Black-water fever - Number 35
Disease focus: Fever
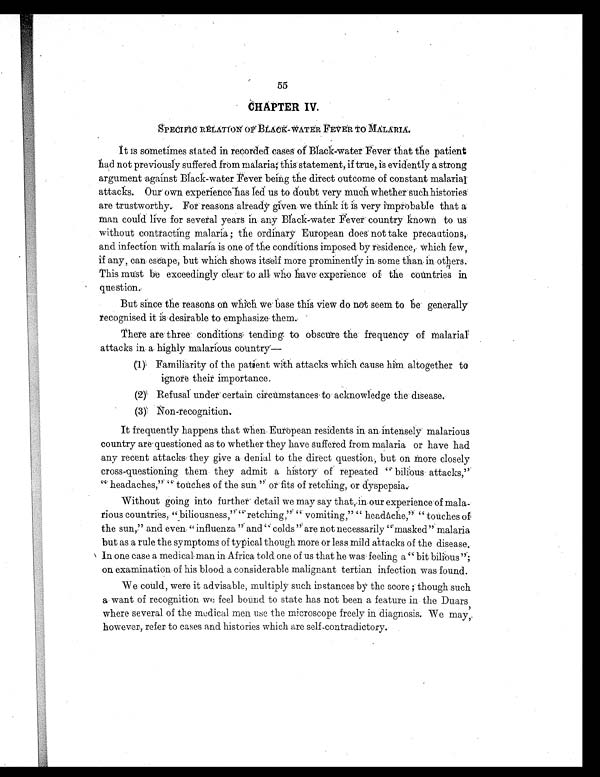
55
• CHAPTER IV.
SPECIFIC RELATION OF BLACK-WATER FEVER TO MALARIA.
It is sometimes stated in recorded cases of Black–water Fever that the patient
had not previously suffered from malaria; this statement, if true, is evidently a strong
argument against Black-water Fever being the direct outcome of constant malarial
attacks. Our own experience has led us to doubt very much whether such histories
are trustworthy. For reasons already given we think it is very improbable that a
man could live for several years in any Black-water Fever country known to us
without contracting malaria ; the ordinary European does not take precautions,
and infection with malaria is one of the conditions imposed by residence, which few,
if any, can escape, but which shows itself more prominently in some than in others.
This must be exceedingly clear to all who have experience of the countries in
question.
But since the reasons on which we base this view do not seem to be generally
recognised it is desirable to emphasize them.
There are three conditions tending to obscure the frequency of malarial
attacks in a highly malarious country—
(1) Familiarity of the patient with attacks which cause him altogether to
ignore their importance.
(2) Refusal under certain circumstances to acknowledge the disease.
(3) Non-recognition.
It frequently happens that when European residents in an intensely malarious
country are questioned as to whether they have suffered from malaria or have had
any recent attacks they give a denial to the direct question, but on more closely
cross-questioning them they admit a history of repeated " bilious attacks,
" " h e a d a c h e s , " t o u c h e s o f t h e s u n " o r f i t s o f r e t c h i n g , o r d y s p e p s i a .
Without going into further detail we may say that, in our experience of mala
– r i o u s c o u n t r i e s , " b i l i o u s n e s s , " " r e t c h i n g " " v o m i t i n g , " " h e a d a c h e , " " t o u c h e s o f
the sun," and even " influenza " and " colds " are not necessarily "masked" malaria
but as a rule the symptoms of typical though more or less mild attacks of the disease.
In one case a medical man in Africa told one of us that he was feeling a " bit bilious";
on examination of his blood a considerable malignant tertian infection was found.
We could, were it advisable, multiply such instances by the score ; though such
a want of recognition we feel bound to state has not been a feature in the Duars
where several of the medical men use the microscope freely in diagnosis. We may,
however, refer to cases and histories which arc self-contradictory.